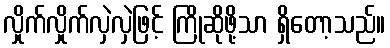
လှိုက်လှိုက်လှဲလှဲဖြင့် ကြိုဆိုဖို့သာ ရှိတော့သည်။